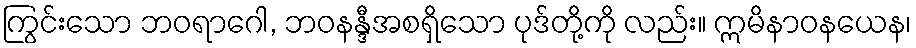
ကြွင်းသော ဘဝရာဂေါ, ဘဝနန္ဒီအစရှိသော ပုဒ်တို့ကို လည်း။ ဣမိနာဝနယေန၊